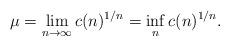
LaTeX: \begin{align*}\mu=\lim_{n\to\infty}c(n)^{1/n}=\inf_nc(n)^{1/n}.\end{align*}